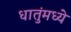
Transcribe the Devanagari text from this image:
धातुंमध्ये